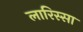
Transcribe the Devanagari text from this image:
लारिस्सा